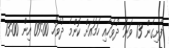
ފެށިގެން 13 ވަނަ ދުވަހާއި ހަމައަށް ކޮންމެ ދުވަހު 09:00 އިން 13:00